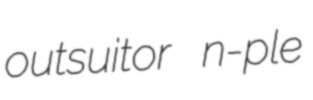
outsuitor n-ple